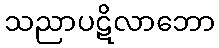
သညာပဋိလာဘော